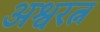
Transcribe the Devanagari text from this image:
अश्वरत्न